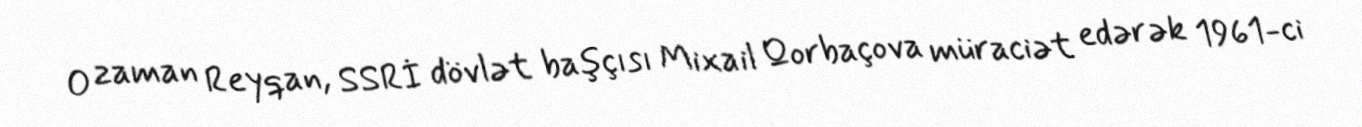
O zaman Reyqan, SSRİ dövlət başçısı Mixail Qorbaçova müraciət edərək 1961-ci